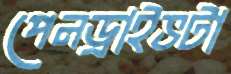
পেনড্রাইভটা